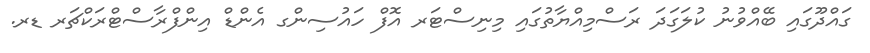
ގައްދޫގައި ބޭއްވުނު ކުލަގަދަ ރަސްމިއްޔާތުގައި މިނިސްޓަރ އޮފް ހައުސިންގ އެންޑް އިންފްރާސްޓްރަކްޗަރ ޑރ.